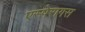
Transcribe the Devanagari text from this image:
एस्पेरागस